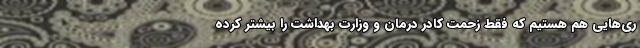
ری‌هایی هم هستیم که فقط زحمت کادر درمان و وزارت بهداشت را بیشتر کرده